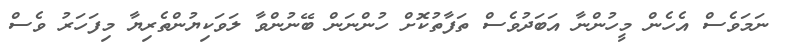
ނަމަވެސް އެހެން މީހުންނާ އަބަދުވެސް ތަފާތުކޮށް ހުންނަން ބޭނުންވާ ލަވަކިޔުންތެރިޔާ މިފަހަރު ވެސް